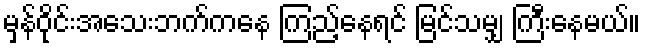
မှန်ဝိုင်းအသေးဘက်ကနေ ကြည့်နေရင် မြင်သမျှ ကြီးနေမယ်။